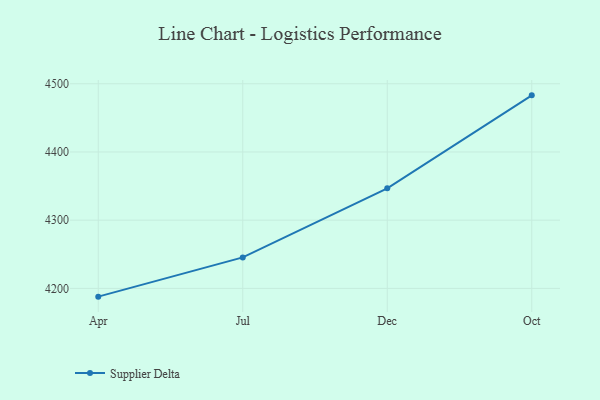
{"axis": {"x": "Month", "y": "Headcount"}, "legend": ["Supplier Delta"], "data": [{"x": "Apr", "y": 4187.9, "type": "Supplier Delta"}, {"x": "Jul", "y": 4245.4, "type": "Supplier Delta"}, {"x": "Dec", "y": 4346.7, "type": "Supplier Delta"}, {"x": "Oct", "y": 4483.0, "type": "Supplier Delta"}]}